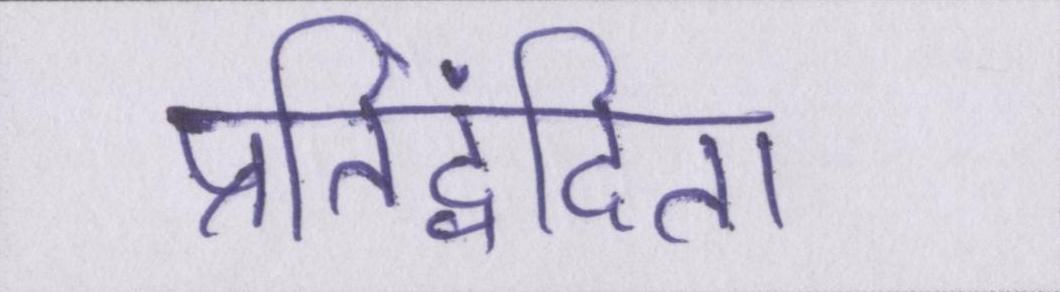
प्रतिद्वंदिता